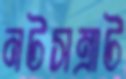
নটসম্রাট